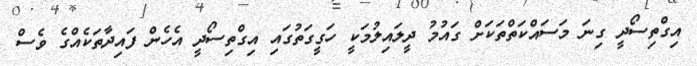
އިގްތިސޯދީ ގިނަ މަސައްކަތްތަކަށް ގައުމު ދީލައިލުމަކީ ހަގީގަތުގައި އިގްތިސޯދީ އެހެން ފައިދާތަކެއްގެ ވެސް